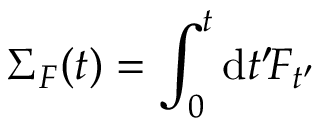
\Sigma _ { F } ( t ) = \int _ { 0 } ^ { t } \mathrm { d } t ^ { \prime } \! F _ { t ^ { \prime } }